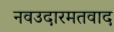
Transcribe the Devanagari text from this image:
नवउदारमतवाद